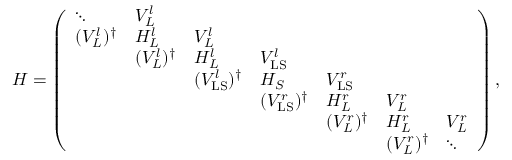
\begin{array} { r } { H = \left( \begin{array} { l l l l l l l } { \ddots } & { V _ { L } ^ { l } } & & & & & \\ { ( V _ { L } ^ { l } ) ^ { \dagger } } & { H _ { L } ^ { l } } & { V _ { L } ^ { l } } & & & & \\ & { ( V _ { L } ^ { l } ) ^ { \dagger } } & { H _ { L } ^ { l } } & { V _ { \mathrm { L S } } ^ { l } } & & & \\ & & { ( V _ { \mathrm { L S } } ^ { l } ) ^ { \dagger } } & { H _ { S } } & { V _ { \mathrm { L S } } ^ { r } } & & \\ & & & { ( V _ { \mathrm { L S } } ^ { r } ) ^ { \dagger } } & { H _ { L } ^ { r } } & { V _ { L } ^ { r } } & \\ & & & & { ( V _ { L } ^ { r } ) ^ { \dagger } } & { H _ { L } ^ { r } } & { V _ { L } ^ { r } } \\ & & & & & { ( V _ { L } ^ { r } ) ^ { \dagger } } & { \ddots } \end{array} \right) , } \end{array}